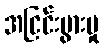
အငြင်းပွားမှု